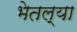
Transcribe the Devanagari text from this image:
भेतल्या